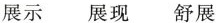
展示 展现 舒展